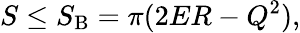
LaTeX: S\le S_{\mathrm{B}}=\pi(2ER-Q^{2}),